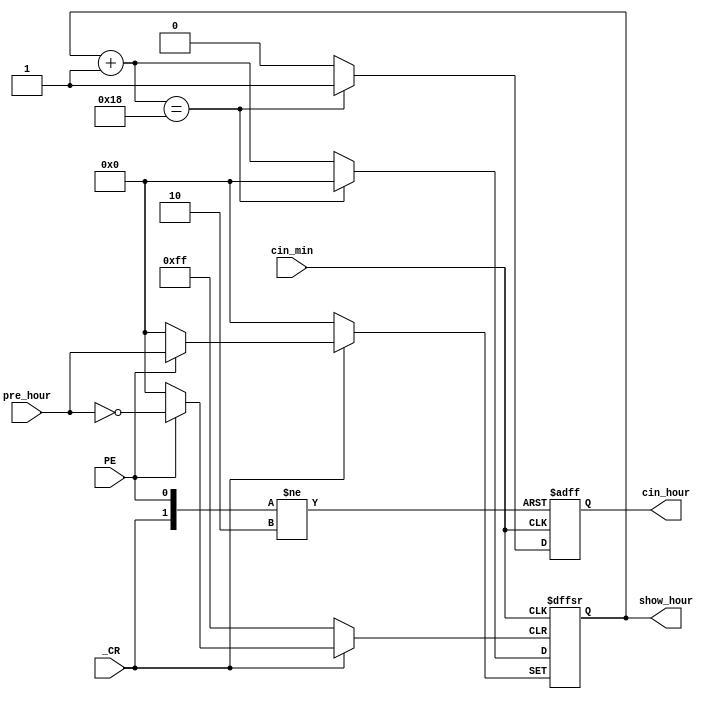
module counter_hour(
    input cin_min,
    input PE,
    input _CR,
    input [7:0] pre_hour,
    output reg [7:0] show_hour,
    output reg cin_hour
    );

    always@(posedge cin_min, negedge _CR, posedge PE)begin
        if(~_CR) begin  // reset
            show_hour = 0;
            cin_hour = 0;
        end 
        else if(PE) begin   // set hour we want
            show_hour = pre_hour;
            cin_hour = 0;
        end
        else begin          //start work
            begin   
            show_hour = show_hour + 1;
            cin_hour = 0;
            if(show_hour == 8'd24) begin
                show_hour = 0;
                cin_hour = 1;
            end
            end
        end
    end

endmodule